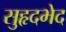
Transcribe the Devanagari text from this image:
सुहृदभेद